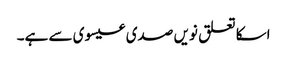
اسکا تعلق نویں صدی عیسوی سے ہے۔